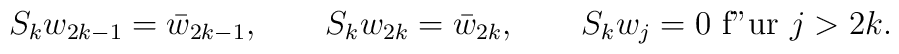
S_k w_{2k-1}=\bar{w}_{2k-1},\qquad S_k w_{2k}=\bar{w}_{2k},\qquad S_kw_j=0 \mbox{ f"ur } j >2k.